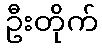
ဦးတိုက်